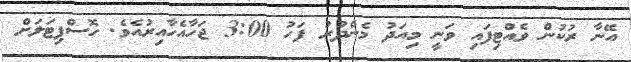
އޭނާ ރުކުން ވެއްޓިފައި ވަނީ މިއަދު މެންދުރު ފަހު 3:00 ޖަހާއެހާއިރުއެވެ. ހޮސްޕިޓަލަށް